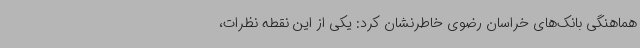
هماهنگی بانک‌های خراسان رضوی خاطرنشان کرد: یکی از این نقطه نظرات،